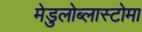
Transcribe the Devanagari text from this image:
मेडुलोब्लास्टोमा